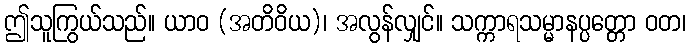
ဤသူကြွယ်သည်။ ယာဝ (အတိဝိယ)၊ အလွန်လျှင်။ သက္ကာရသမ္မာနပ္ပတ္တော ဝတ၊